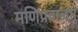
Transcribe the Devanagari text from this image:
मणिप्रवाळमु